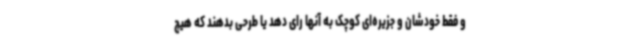
و فقط خودشان و جزیره‌ای کوچک به آنها رای دهد یا طرحی بدهند که هیچ